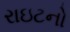
રાઇટનો